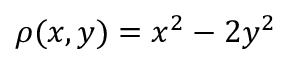
\rho ( x , y ) = x ^ { 2 } - 2 y ^ { 2 }